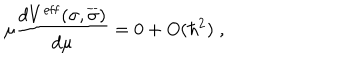
\mu \frac { d V ^ { \mathrm { e f f } } ( \sigma , \overline { { { \sigma } } } ) } { d \mu } = 0 + O ( \hbar ^ { 2 } ) \; ,